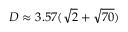
D \approx 3 . 5 7 ( { \sqrt { 2 } } + { \sqrt { 7 0 } } )